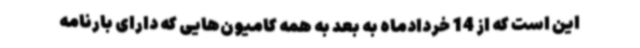
این است که از 14 خردادماه به بعد به همه کامیون‌هایی که دارای بارنامه